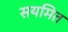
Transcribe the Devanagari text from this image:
सयमित